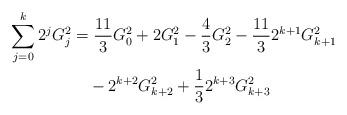
LaTeX: \begin{align*}\sum_{j = 0}^k {2^j G_j^2 } &= \frac{{11}}{3}G_0^2 + 2G_1^2 - \frac{4}{3}G_2^2 - \frac{{11}}{3}2^{k + 1} G_{k + 1}^2\\&\quad- 2^{k + 2} G_{k + 2}^2 + \frac{1}{3}2^{k + 3} G_{k + 3}^2\end{align*}